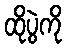
ထိုပွဲကို